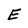
Character: E